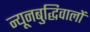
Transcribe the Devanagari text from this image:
न्यूनबुद्धिवालों